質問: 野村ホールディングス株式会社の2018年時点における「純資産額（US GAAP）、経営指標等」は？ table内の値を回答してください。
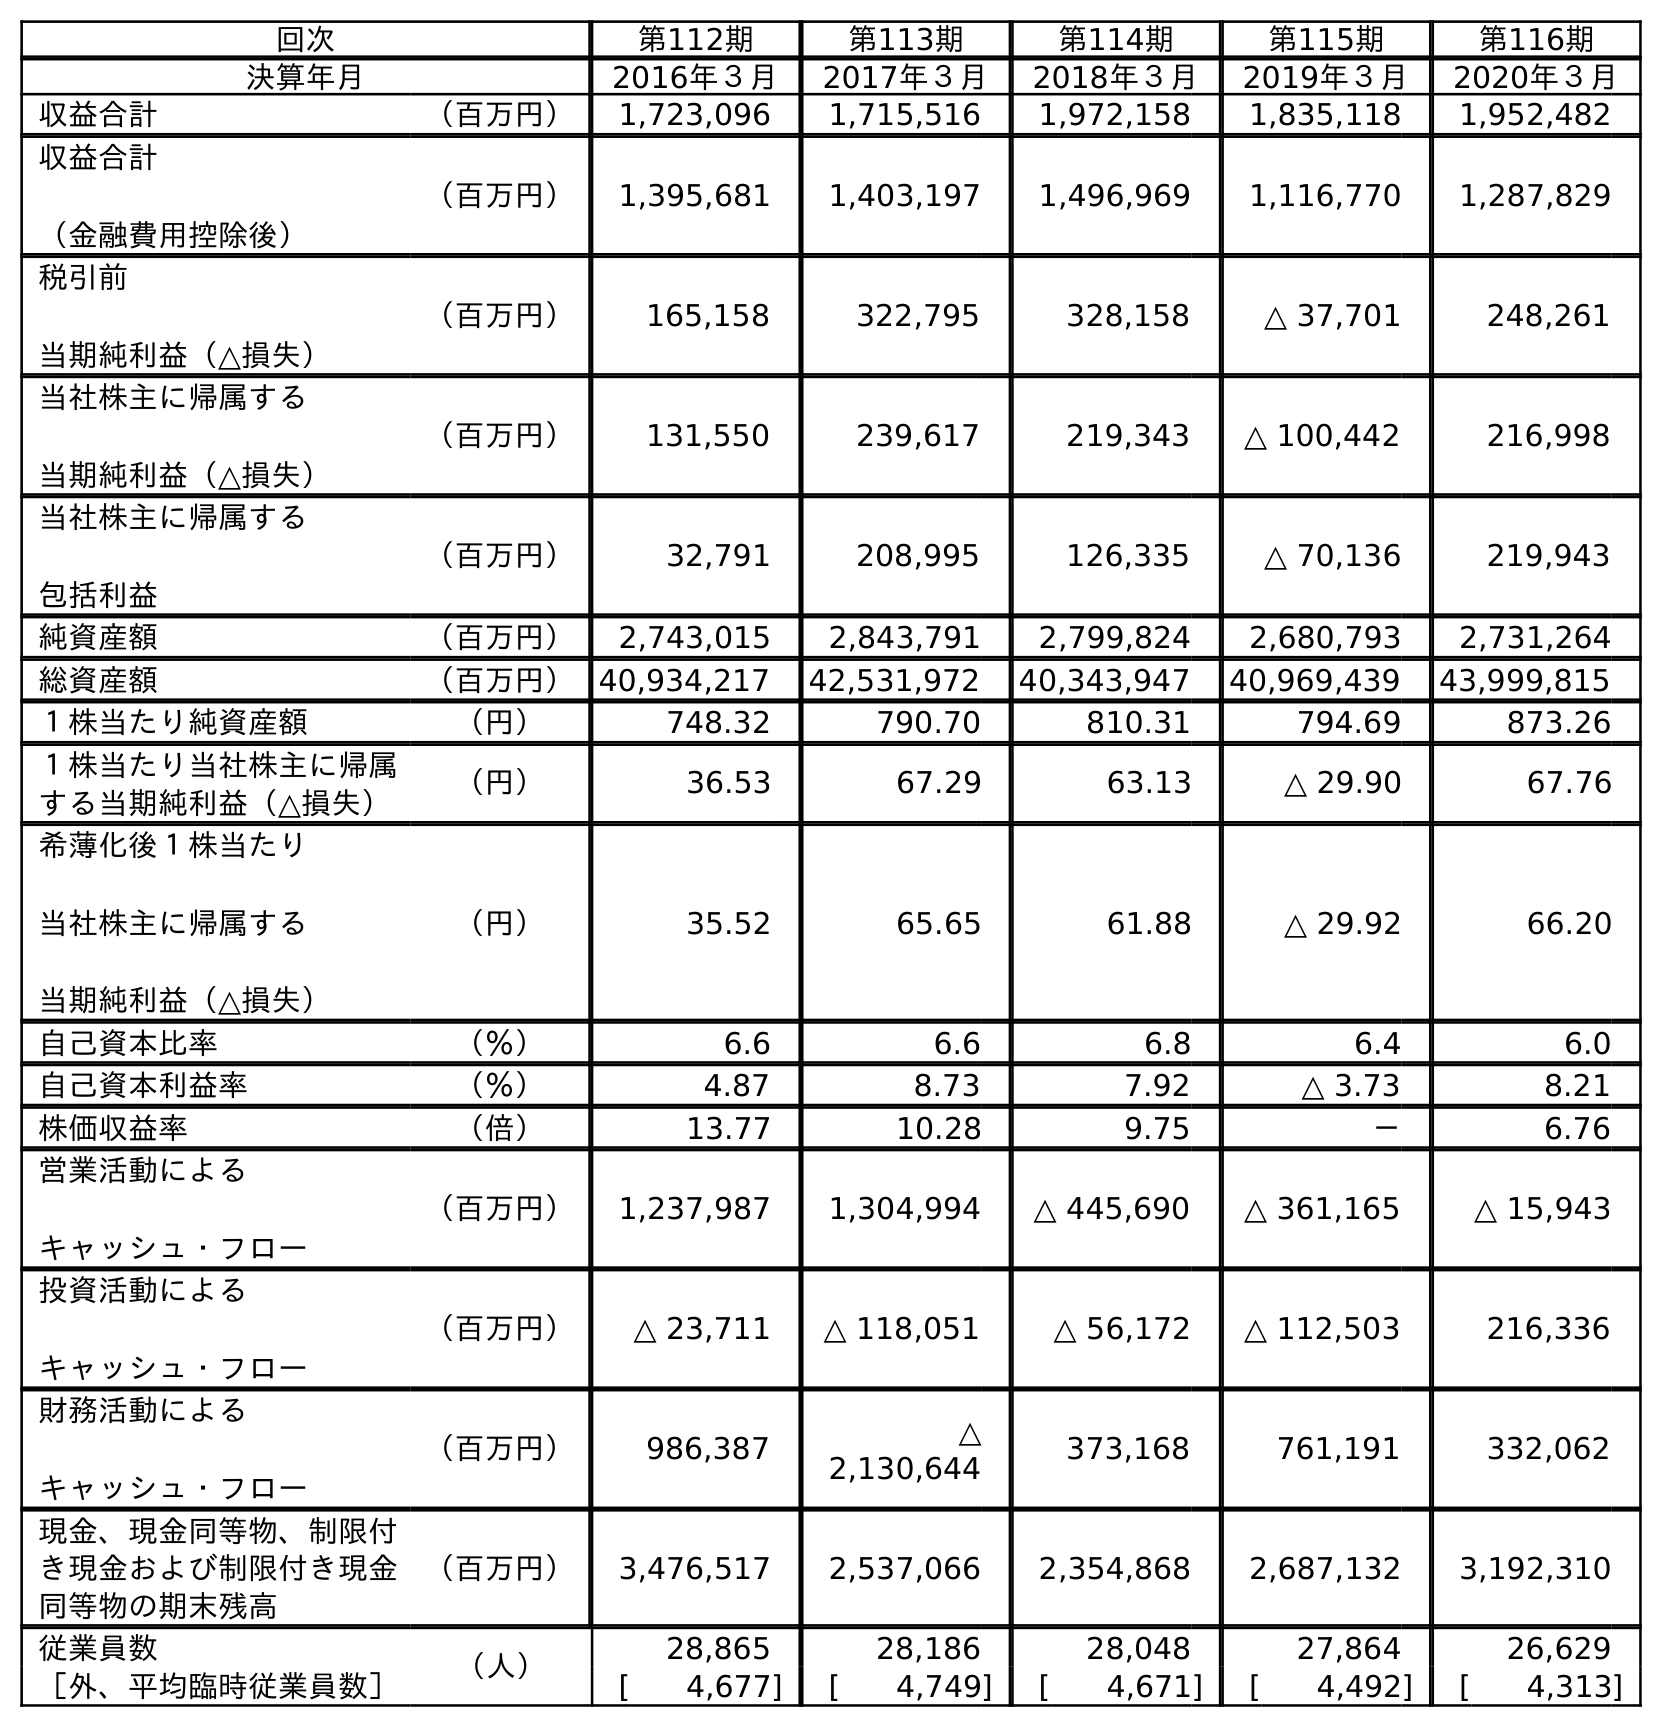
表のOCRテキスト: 回次 第112期 第113期 第114期 第115期 第116期 決算年月 2016年３月 2017年３月 2018年３月 2019年３月 2020年３月 収益合計 （百万円） 1,723,096 1,715,516 1,972,158 1,835,118 1,952,482 収益合計 （金融費用控除後） （百万円） 1,395,681 1,403,197 1,496,969 1,116,770 1,287,829 税引前 当期純利益（△損失） （百万円） 165,158 322,795 328,158 △ 37,701 248,261 当社株主に帰属する 当期純利益（△損失） （百万円） 131,550 239,617 219,343 △ 100,442 216,998 当社株主に帰属する 包括利益 （百万円） 32,791 208,995 126,335 △ 70,136 219,943 純資産額 （百万円） 2,743,015 2,843,791 2,799,824 2,680,793 2,731,264 総資産額 （百万円）40,934,217 42,531,972 40,343,947 40,969,439 43,999,815 １株当たり純資産額 （円） 748.32 790.70 810.31 794.69 873.26 １株当たり当社株主に帰属 する当期純利益（△損失） （円） 36.53 67.29 63.13 △ 29.90 67.76 希薄化後１株当たり 当社株主に帰属する 当期純利益（△損失） （円） 35.52 65.65 61.88 △ 29.92 66.20 自己資本比率 （％） 6.6 6.6 6.8 6.4 6.0 自己資本利益率 （％） 4.87 8.73 7.92 △ 3.73 8.21 株価収益率 （倍） 13.77 10.28 9.75 － 6.76 営業活動による キャッシュ・フロー （百万円） 1,237,987 1,304,994 △ 445,690 △ 361,165 △ 15,943 投資活動による キャッシュ・フロー （百万円） △ 23,711 △ 118,051 △ 56,172 △ 112,503 216,336 財務活動による キャッシュ・フロー （百万円） 986,387 △ 2,130,644 373,168 761,191 332,062 現金、現金同等物、制限付 き現金および制限付き現金 同等物の期末残高 （百万円） 3,476,517 2,537,066 2,354,868 2,687,132 3,192,310 従業員数 （人） 28,865 28,186 28,048 27,864 26,629 ［外、平均臨時従業員数］ [ 4,677] [ 4,749] [ 4,671] [ 4,492] [ 4,313]
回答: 2,799,824